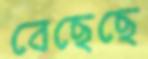
বেছেছে